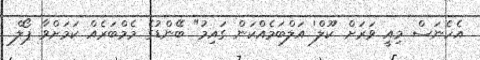
އެހެނަސް މިއީ ވަރަށް 'ކޫލް' އަލްބަމެއްކަން ގައިމު" ބޭންޑުގެ މެމްބަރެއް ކަމަށްވާ ޕޯލް